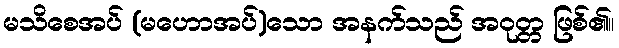
မသိစေအပ် (မဟောအပ်)သော အနက်သည် အဝုတ္တ ဖြစ်၏။